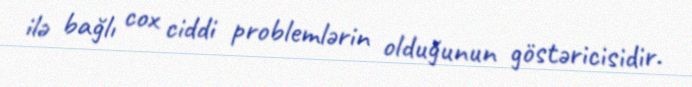
ilə bağlı cox ciddi problemlərin olduğunun göstəricisidir.